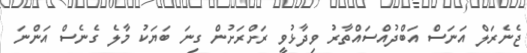
ޖެނެރަލް އަނަސް އަބްދުއްސައްތާރު ވިދާޅުވީ ރަށްރަށުން ގިނަ ބަޔަކު މާލެ ގެނެސް އަންނަ